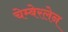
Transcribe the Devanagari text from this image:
चेम्बेरलेन